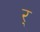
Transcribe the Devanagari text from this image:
र्‍